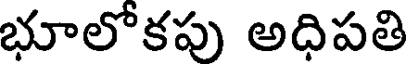
భూలోకపు అధిపతి